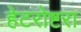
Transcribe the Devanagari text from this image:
हेटरोष्टरा